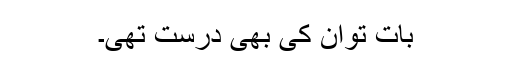
بات توان کی بھی درست تھی۔